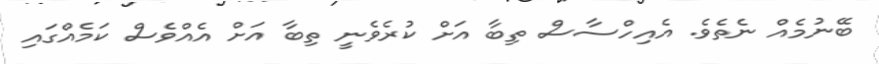
ބޭނުމެއް ނެތެވެ. އެއިހްސާސް ތިބާ އަށް ކުރެވެނީ ތިބާ އަށް އެއްވެސް ކަމެއްގައި